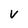
Character: v